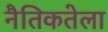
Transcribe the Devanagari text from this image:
नैतिकतेला